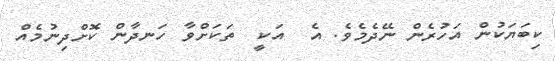
ކިބަޔަކުން އަހުރެން ނޭދެމެވެ. އެ  އަކީ  ތަކަށްވާ ހަނދާން ކޮށްދިނުމެއް